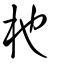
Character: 杝